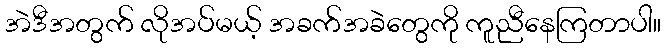
အဲဒီအတွက် လိုအပ်မယ့် အခက်အခဲတွေကို ကူညီနေကြတာပါ။